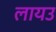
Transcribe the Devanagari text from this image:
लायउ